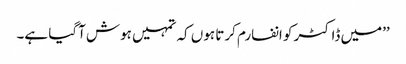
’’میں ڈاکٹر کو انفارم کرتا ہوں کہ تمہیں ہوش آگیا ہے۔